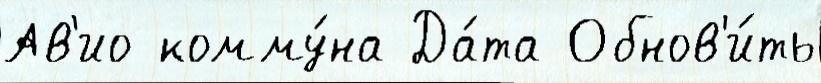
Ав'ио комму́на Да́та Обнов'и́ть